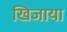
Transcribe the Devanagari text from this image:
खिजाया